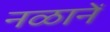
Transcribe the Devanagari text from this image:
नळानें